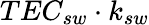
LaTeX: TEC_{sw}\cdot k_{sw}